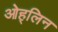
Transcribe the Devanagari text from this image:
ओह्‌लिन